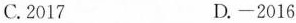
C.2017 D.-2016